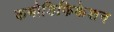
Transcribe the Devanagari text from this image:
कमोडिफिकेशन